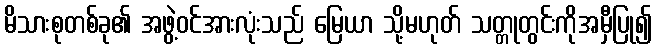
မိသားစုတစ်ခု၏ အဖွဲ့ဝင်အားလုံးသည် မြေယာ သို့မဟုတ် သတ္တုတွင်းကိုအမှီပြု၍